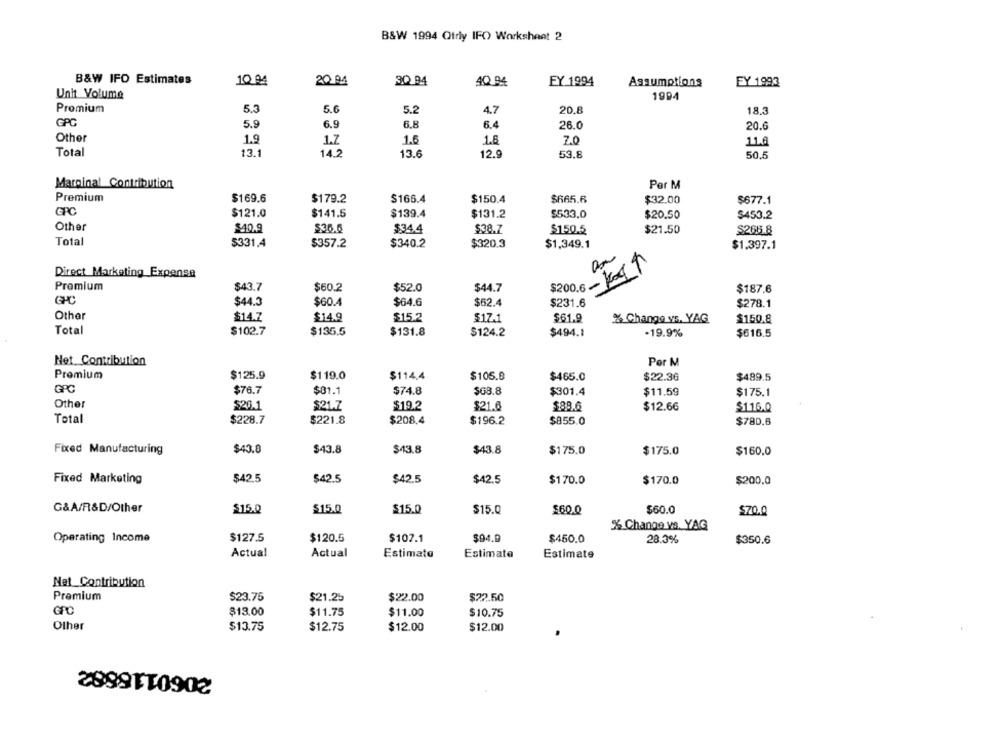
B&W 1994 Qtrly IFO Worksheet 2
B&W IFO Estimates
100
20 94
3Q.94
40.94
FY 1994
Assumptions
FY 1993
Unit Volume
1994
Promium
5.3
5.6
5.2
4.7
20.8
18.3
GPG
5.9
6.9
6.8
6.4
26.0
20.6
Other
1.9
1.7
1.6
1.8
11.6
Total
13.1
14.2
13.6
12.9
53.8
50.5
Marginal Contribution
Per M
Premium
$169.6
$179.2
$166.4
$150.4
$665.6
$32.00
$677.1
GPC
$121.0
$141.5
$139.4
$131.2
$533.0
$20.50
$453.2
Other
$40.9
$36.6
$34.4
$38.7
$150.5
$21.50
$261.8
Total
$331.4
$357.2
$340.2
$320.3
$1,349.1
$1.397.1
Direct Marketing Expense
Premium
$43.7
$60.2
$52.0
$44.7
$200.6
$187.6
$44.3
$60.4
$64.6
$62.4
$231.6
$278.1
Other
$14.7
$14.9
$15.2
$17-1
$61.9
% Change vs. YAG
$150.8
Total
$102.7
$135.5
$131.8
$124.2
$494.1
-19.9%
$616,5
Net Contribution
Por M
Promium
$125.9
$119.0
$114.4
$105.8
$465.0
$22.36
$489.5
GPC
$76.7
$81.1
$74.8
$68.8
$301.4
$11.59
$175.1
Other
$20.1
$21.7
$19.2
$21.6
$88.6
$12.66
$116.0
Total
$228.7
$221.8
$208.4
$196.2
$855.0
$780.6
Fixed Manufacturing
$43.0
$43.8
$43.8
$43.8
$175.0
$175.0
$160.0
Fixed Marketing
$42.5
$42.5
$42.5
$42.5
$170.0
$170.0
$200.0
G&A/R&D/Other
$15.0
$15.0
$15.0
$15.0
$60.0
$60.0
$70.0
% Change vs. YAG
Operating Income
$127.5
$120.5
$102.1
$94.0
$450.0
28.3%
$350.6
Actual
Actual
Estimate
Estimate
Estimate
Net_Contribution
Premium
$23.75
$21.25
$22.00
$22.50
GPO
$13.00
$11.75
$11.00
$10.75
Other
$13.75
$12.75
$12.00
$12.00
2060118882